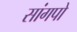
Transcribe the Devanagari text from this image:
सांगपो